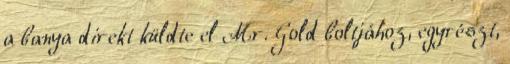
a banya direkt küldte el Mr. Gold boltjához, egyrészt,